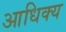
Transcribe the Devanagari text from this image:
आधिक्‍य